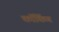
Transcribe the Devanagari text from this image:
कॉकिंग